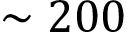
\sim 2 0 0